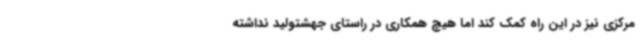
مرکزی نیز در این راه کمک کند اما هیچ همکاری در راستای جهشتولید نداشته